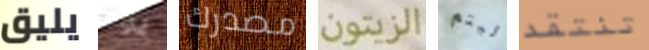
يليق يوم مصدرك الزيتون ليتم تنتقد